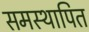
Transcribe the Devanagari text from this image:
समस्थापित